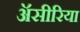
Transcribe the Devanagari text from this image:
ॲसीरिया